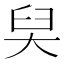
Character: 𡘑